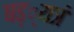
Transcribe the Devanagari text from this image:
षड््यत्रं